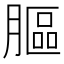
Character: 膒